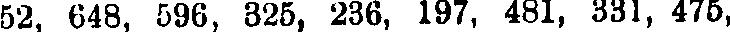
52, 648, 596, 325, 236, 197, 481, 331, 475,